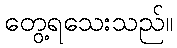
တွေ့ရသေးသည်။